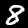
Label: 8